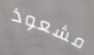
مشعوذ